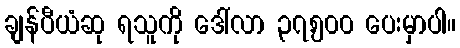
ချန်ပီယံဆု ရသူကို ဒေါ်လာ ၃၇,၅၀၀ ပေးမှာပါ။